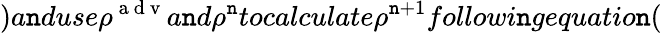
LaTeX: )a\mathtt{n}duse\rho^{\mathrm{{~a~d~v~}}}a\mathtt{n}d\rho^{\mathtt{n}}tocalculate\rho^{\mathtt{n}+1}followi\mathtt{n}gequatio\mathtt{n}(